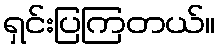
ရှင်းပြကြတယ်။